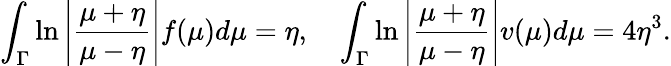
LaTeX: \int_{\Gamma}\ln\left|\frac{\mu+\eta}{\mu-\eta}\right|f(\mu)d\mu=\eta,\quad\int_{\Gamma}\ln\left|\frac{\mu+\eta}{\mu-\eta}\right|v(\mu)d\mu=4\eta^{3}.